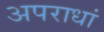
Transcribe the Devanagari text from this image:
अपराधां